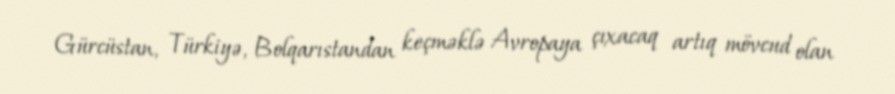
Gürcüstan, Türkiyə, Bolqarıstandan keçməklə Avropaya çıxacaq artıq mövcud olan